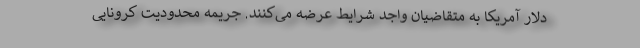
دلار آمریکا به متقاضیان واجد شرایط عرضه می‌کنند. جریمه محدودیت کرونایی